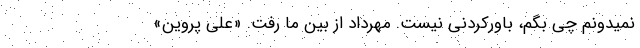
نمیدونم چی بگم، باورکردنی نیست. مهرداد از بین ما رفت. «علی پروین»